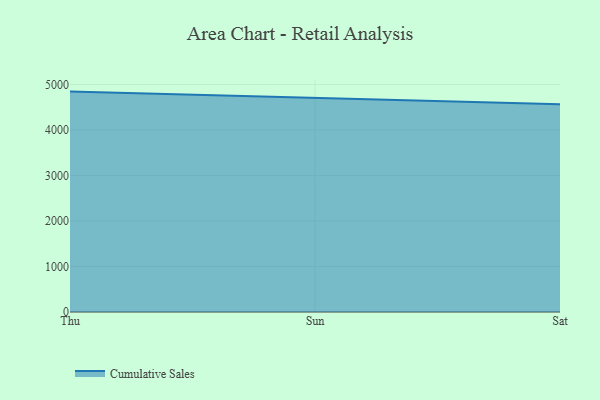
{"axis": {"x": "Day", "y": "LTV (USD)"}, "legend": ["Cumulative Sales"], "data": [{"x": "Thu", "y": 4844.5, "type": "Cumulative Sales"}, {"x": "Sun", "y": 4700.6, "type": "Cumulative Sales"}, {"x": "Sat", "y": 4567.7, "type": "Cumulative Sales"}]}